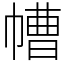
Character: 㡟